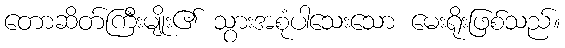
တောဆိတ်ကြီးမျိုး၏ သွားအစုံပါသေးသော မေးရိုးဖြစ်သည်။